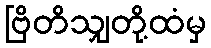
ဗြိတိသျှတို့ထံမှ